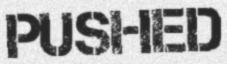
PUSHED